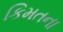
કિમતના